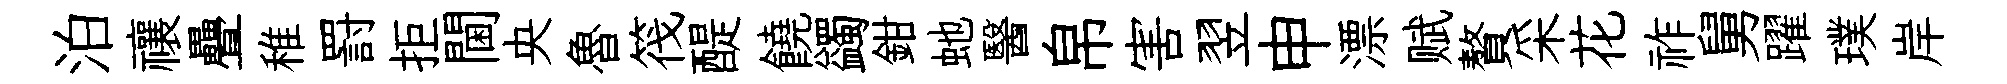
泊禳疊稚罸拒閫央魯筏醍饒蠲鉗虵醫帛害翌申漂赋贅采花祚舅躍璞岸